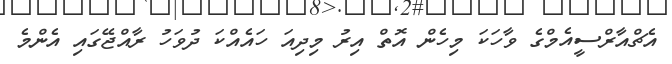
އެޗްއާރްސީއެމްގެ ވާހަކަ މިހެން އޮތް އިރު މިދިއަ ހައެއްކަ ދުވަހު ރާއްޖޭގައި އެންމެ